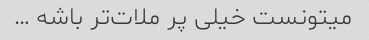
میتونست خیلی پر ملات‌تر باشه …‌